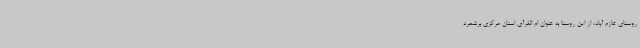
روستای غازم آباد، از این روستا به عنوان ام القرآی استان مرکزی برشمرد